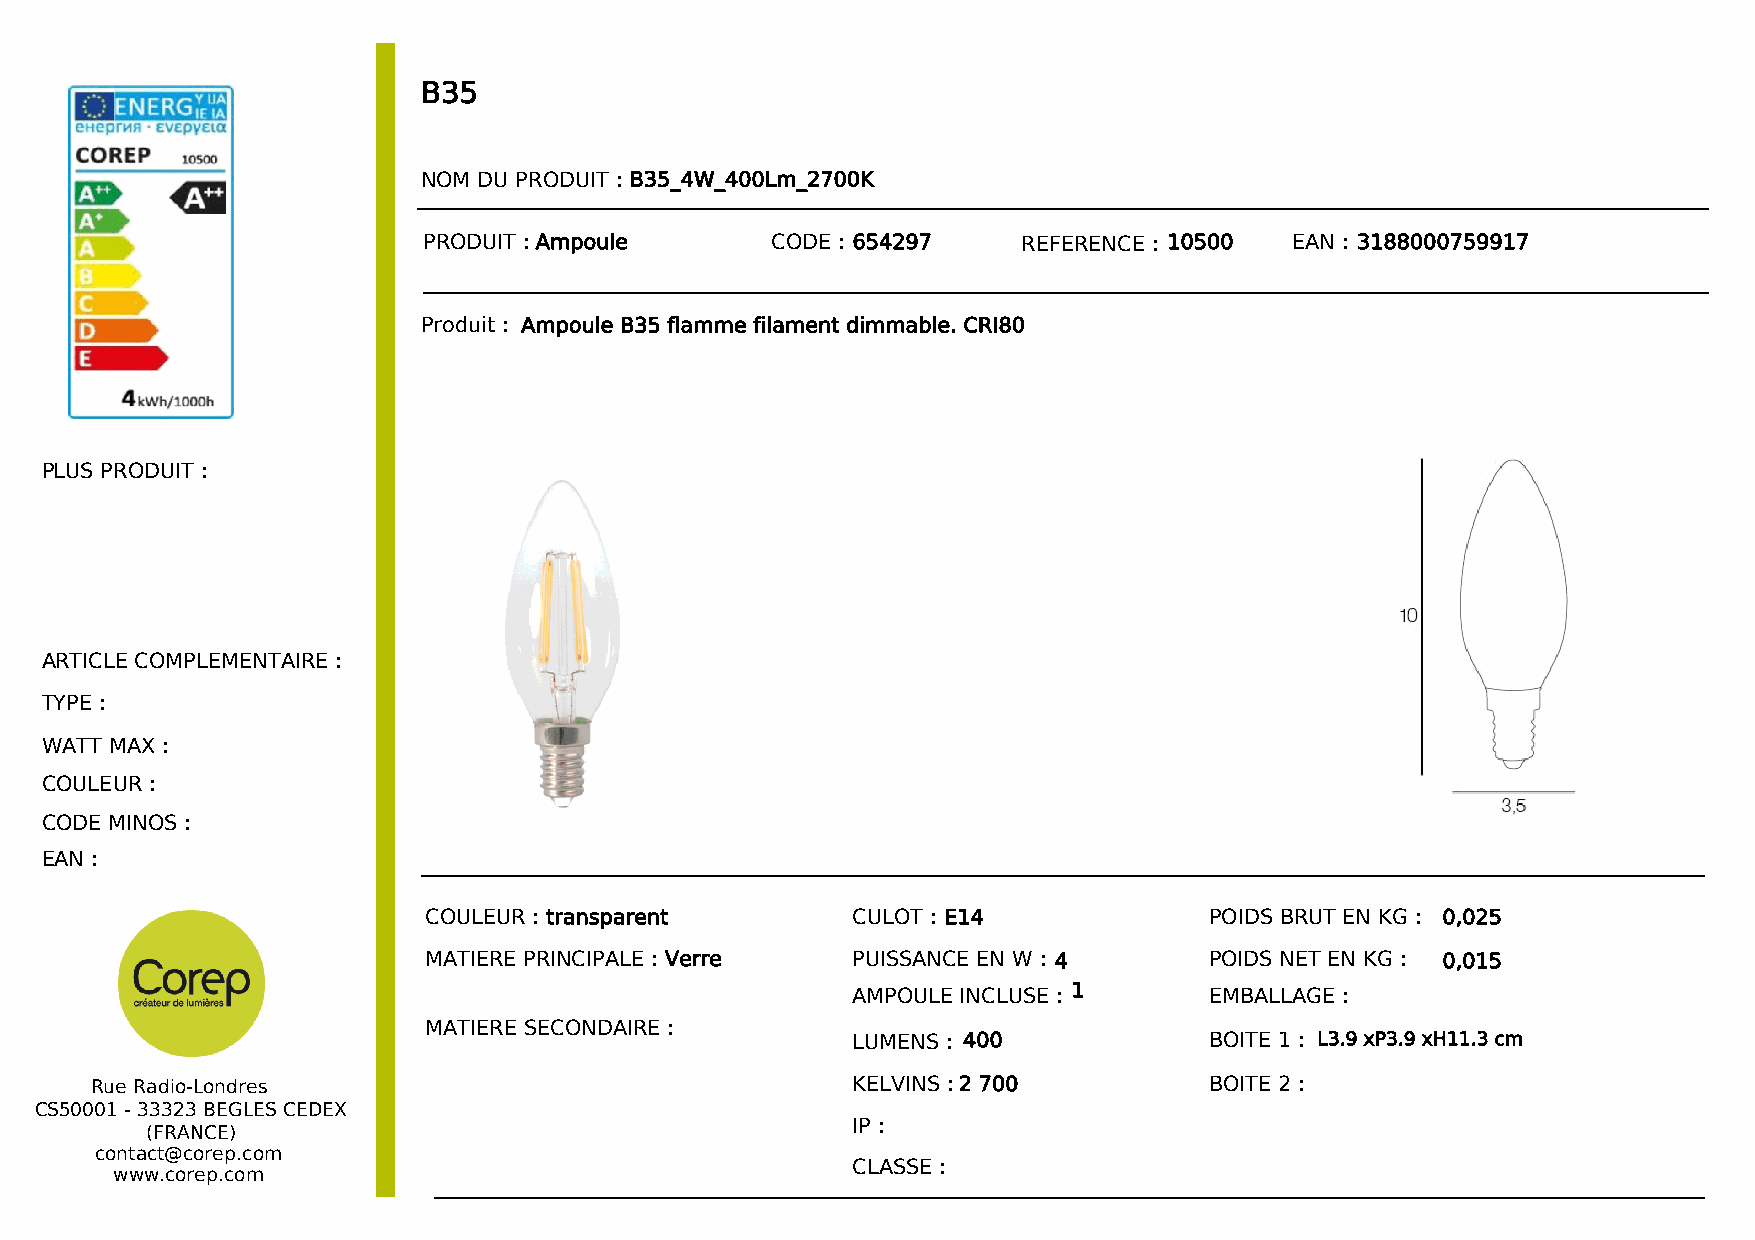
B35
 NOM DU PRODUIT : B35_4W_400Lm_2700K
 PRODUIT :Ampoule       CODE : 654297    REFERENCE : 10500 EAN : 3188000759917
 Produit : Ampoule B35 flamme filament dimmable. CRI80
 PLUS PRODUIT :
 ARTICLE COMPLEMENTAIRE :
 TYPE :
 WATT MAX :
 COULEUR :
 CODE MINOS :
 EAN :
 COULEUR : transparent       CULOT : E14             POIDS BRUT EN KG : 0,025
 MATIERE PRINCIPALE : Verre  PUISSANCE EN W : 4      POIDS NET EN KG : 0,015
 AMPOULE INCLUSE : 1     EMBALLAGE :
 MATIERE SECONDAIRE :
 LUMENS : 400            BOITE 1 : L3.9 xP3.9 xH11.3 cm
 Rue Radio-Londres                                 KELVINS :2 700          BOITE 2 :
 CS50001 - 33323 BEGLES CEDEX
 IP :
 (FRANCE)
 contact@corep.com
 CLASSE :
 www.corep.com